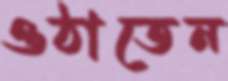
ওঠাতেন